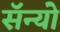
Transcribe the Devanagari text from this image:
सॅन्यो